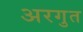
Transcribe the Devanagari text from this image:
अरगुत